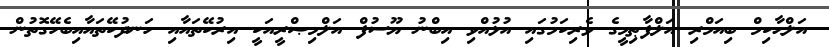
އަލްޙާކިމް ބިއަމްރި އަލްފާޠިމީގެ ވެރިކަމުގައި އުޅުއްވި އިބްނު ޔޫސުފް އަލްމިޞްރީއަކީ އިރުކޭތައާއި ހަނދުކޭތައާއިބެހޭގޮތުން